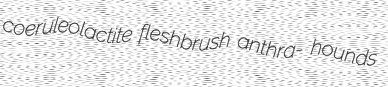
coeruleolactite fleshbrush anthra- hounds